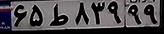
۶۵ط۸۳۹۹۹